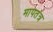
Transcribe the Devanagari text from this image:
मापतंत्र